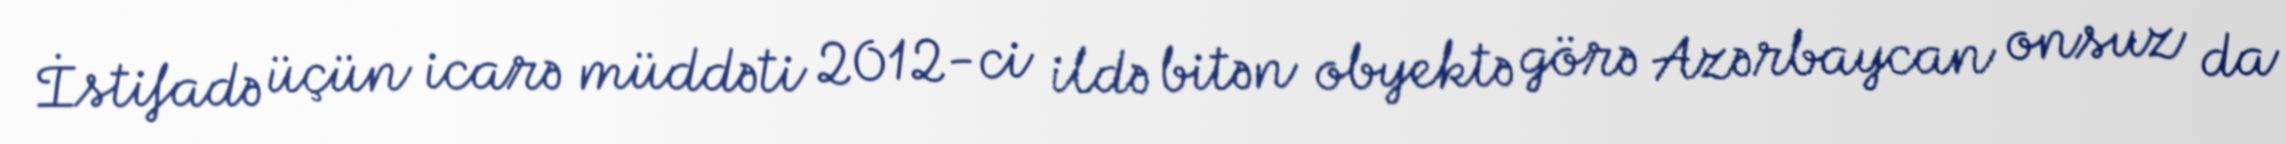
İstifadə üçün icarə müddəti 2012-ci ildə bitən obyektə görə Azərbaycan onsuz da